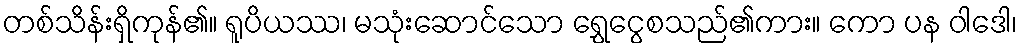
တစ်သိန်းရှိကုန်၏။ ရူပိယဿ၊ မသုံးဆောင်သော ရွှေငွေစသည်၏ကား။ ကော ပန ဝါဒေါ၊